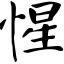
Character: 惺